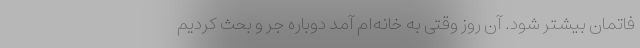
فاتمان بیشتر شود. آن روز وقتی به خانه‌ام آمد دوباره جر و بحث کردیم